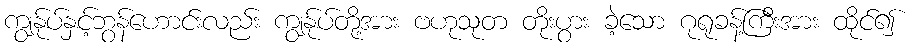
ကျွန်ုပ်နှင့်ဘွန်ဟောင်းလည်း ကျွန်ုပ်တို့အား ဗဟုသုတ တိုးပွား ခဲ့သော ဂုရုခန့်ကြီးအား ထိုင်၍